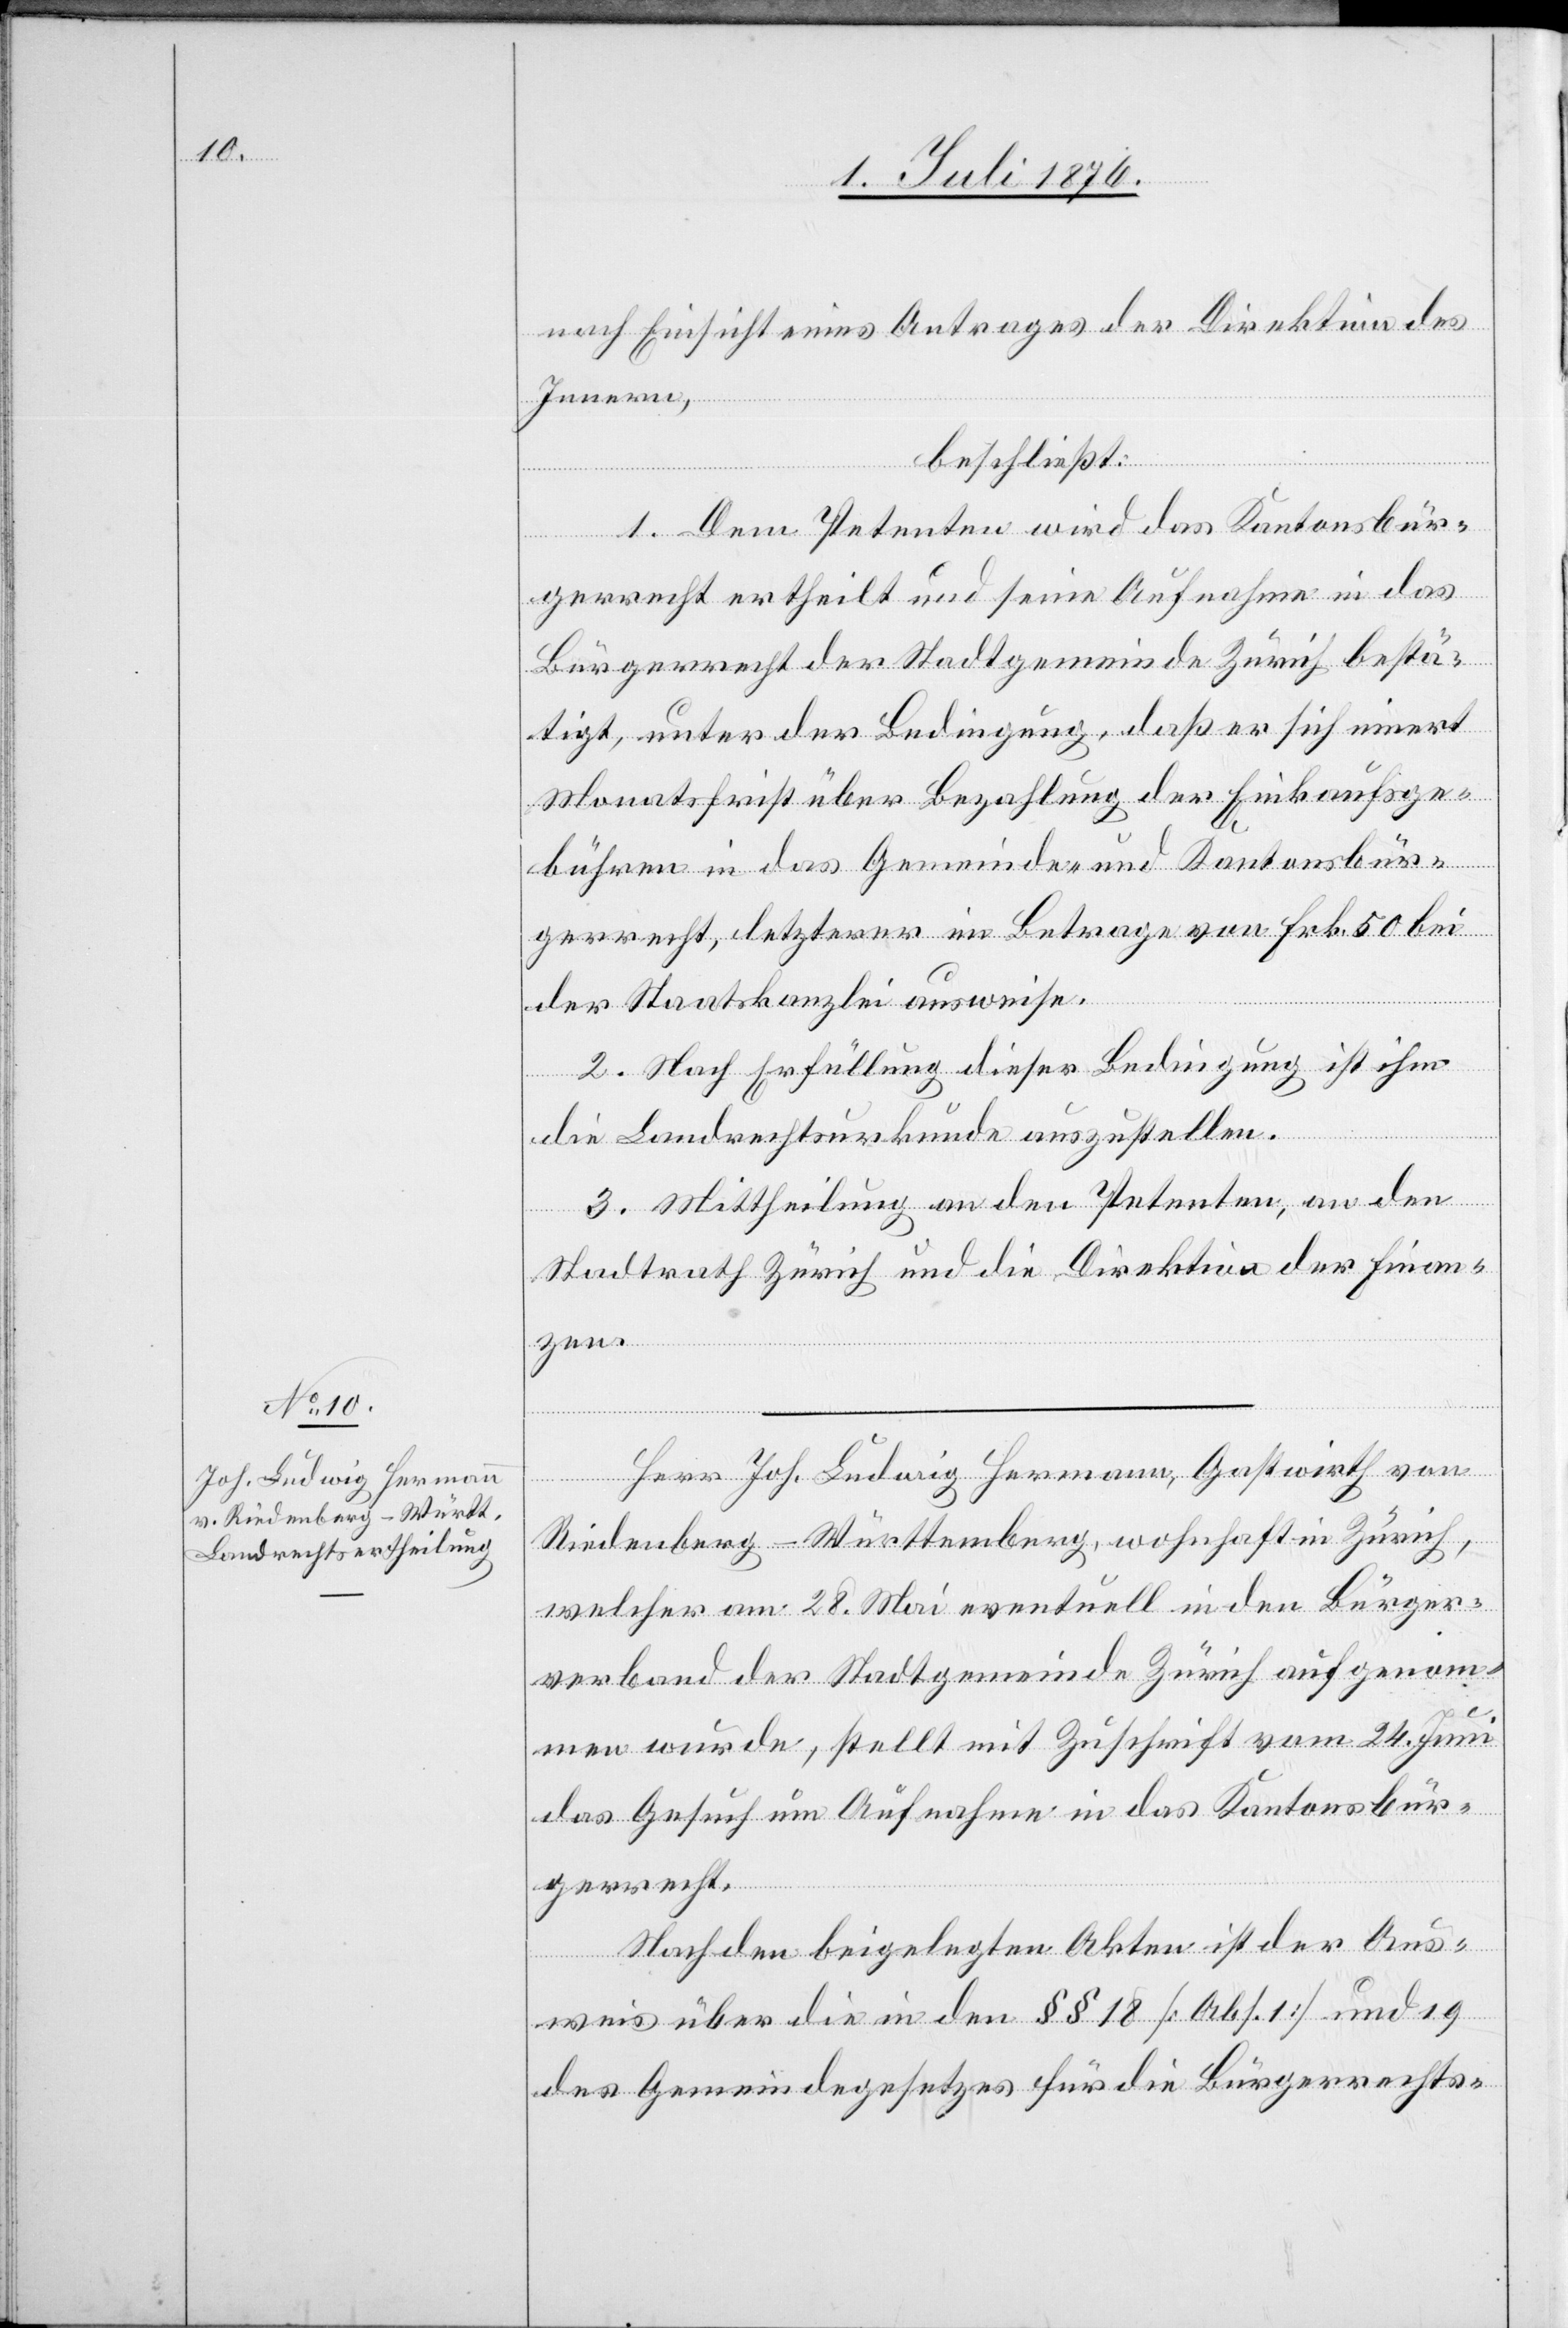
nach Einsicht eines Antrages der Direktion des
Innern,
beschließt:
1. Dem Petenten wird das Kantonsbür¬
gerrecht ertheilt und seine Aufnahme in das
Bürgerrecht der Stadtgemeinde Zürich bestä¬
tigt, unter der Bedingung, daß er sich innert
Monatsfrist über Bezahlung der Einkaufsge¬
bühren in das Gemeinde- und Kantonsbür¬
gerrecht, letzterer im Betrage von Frk. 50 bei
der Staatskanzlei ausweise.
2. Nach Erfüllung dieser Bedingung ist ihm
die Landrechtsurkunde auszustellen.
3. Mittheilung an den Petenten, an den
Stadtrath Zürich und die Direktion der Finan¬
zen.